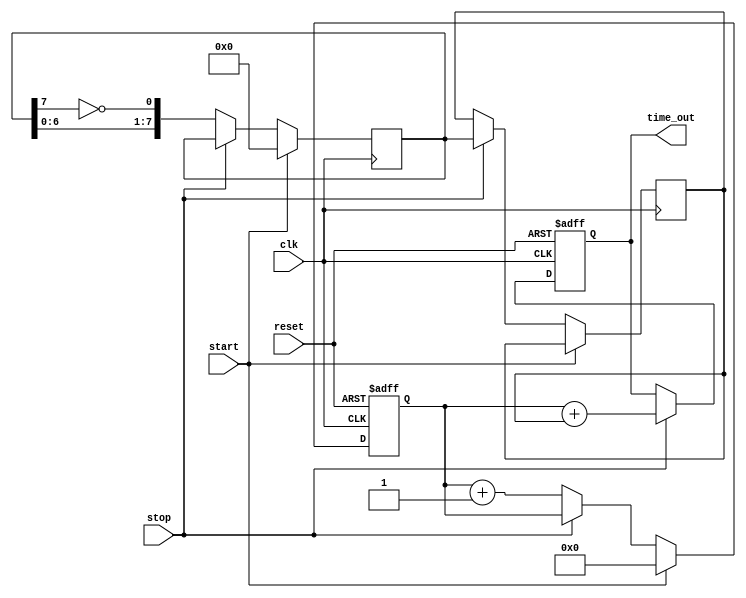
module TDC (
    input wire clk,             // System clock
    input wire reset,           // Reset signal
    input wire start,           // Start event signal
    input wire stop,            // Stop event signal
    output reg [15:0] time_out  // Output time interval (coarse + fine)
);

    // Parameters for delay lines
    parameter NUM_DELAY_LINES = 8; // Number of delay lines
    parameter DELAY_INCREMENT = 1;   // Delay increment (in clock cycles)

    // Internal signals
    reg [15:0] coarse_count;         // Coarse counter
    reg [NUM_DELAY_LINES-1:0] delay_lines; // Vernier delay lines
    reg [NUM_DELAY_LINES-1:0] fine_measurement; // Fine measurement from delay lines
    reg sampling;                    // Sampling flag

    // Coarse counter
    always @(posedge clk or posedge reset) begin
        if (reset) begin
            coarse_count <= 0;
        end else if (start) begin
            coarse_count <= 0; // Reset counter on start
        end else if (!stop) begin
            coarse_count <= coarse_count + 1; // Count clock cycles
        end
    end

    // Vernier delay lines (simple implementation using registers)
    always @(posedge clk) begin
        if (start) begin
            delay_lines <= 0; // Reset delay lines on start
        end else if (stop) begin
            // Sample the delay lines when stop is asserted
            fine_measurement <= delay_lines;
        end else begin
            // Update delay lines based on the clock
            delay_lines <= {delay_lines[NUM_DELAY_LINES-2:0], delay_lines[NUM_DELAY_LINES-1] ^ 1'b1}; // Toggle last line for example
        end
    end

    // Output logic
    always @(posedge clk or posedge reset) begin
        if (reset) begin
            time_out <= 0;
        end else if (stop) begin
            // Combine coarse count and fine measurement
            time_out <= coarse_count + fine_measurement;
        end
    end

endmodule